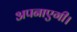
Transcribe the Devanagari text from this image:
अपनाएगी।